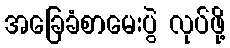
အခြေခံစာမေးပွဲ လုပ်ဖို့